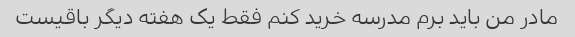
مادر من باید برم مدرسه خرید کنم فقط یک هفته دیگر باقیست